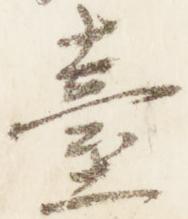
台